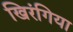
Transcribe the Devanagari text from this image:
खिरंगिया